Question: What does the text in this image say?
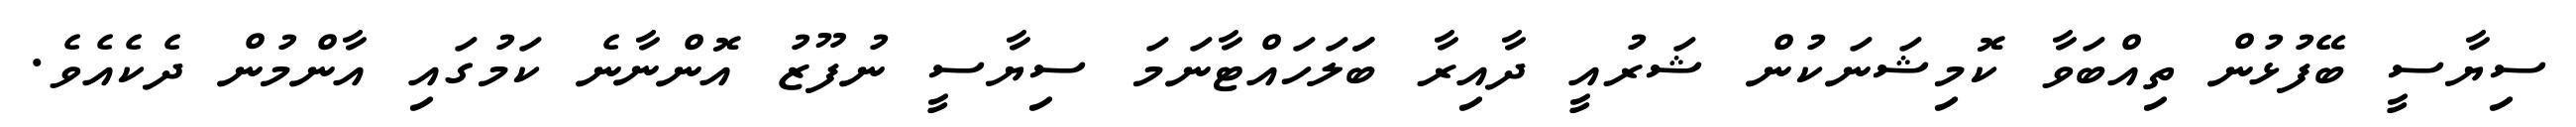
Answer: ސިޔާސީ ބޭފުޅުން ތިއްބަވާ ކޮމިޝަނަކުން ޝަރުއީ ދާއިރާ ބަަލަހައްޓާނަމަ ސިޔާސީ ނުފޫޒު އޮންނާނެ ކަމުގައި އާންމުން ދެކެއެވެ.